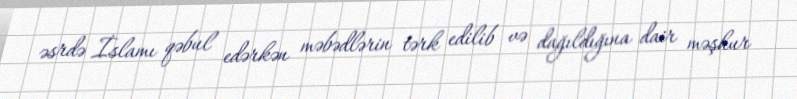
əsrdə İslamı qəbul edərkən məbədlərin tərk edilib və dağıldığına dair məşhur